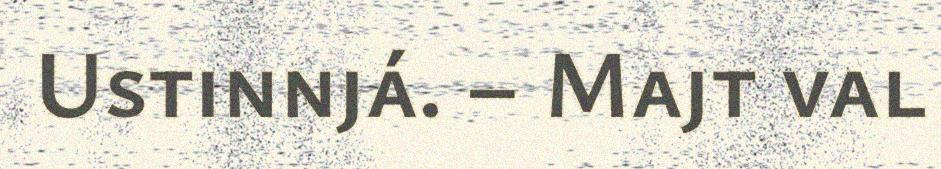
Ustinnjá. – Majt val